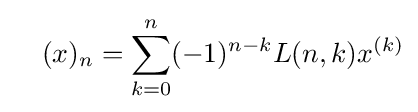
\quad (x)_{n}=\sum _{k=0}^{n}(-1)^{n-k}L(n,k)x^{(k)}